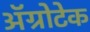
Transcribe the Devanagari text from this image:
अॅग्रोटेक